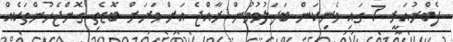
ފެބްރުއަރީ 7 ގައި ވެރިކަން ބަދަލުވުމުން ރާއްޖެ އަށް ވަރަށް ބޮޑެތި ގޮންޖެހުންތަކެއް